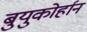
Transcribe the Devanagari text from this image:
बुयुकोर्हान